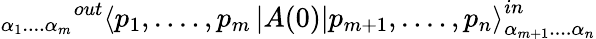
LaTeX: _{\alpha_{1}....\alpha_{m}}{}^{out}\left\langle p_{1},....,p_{m}\left|A(0)\right|p_{m+1},....,p_{n}\right\rangle_{\alpha_{m+1}....\alpha_{n}}^{in}